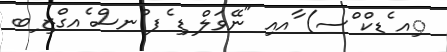
ިއ ެޑކް ްސ) ާއއި "ނޭވަލް ޑި ެފ ްނސް ެއގްޒި ިބ